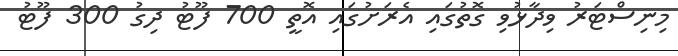
މިނިސްޓަރު ވިދާޅުވި ގޮތުގައި އެރަށުގައި އޮތީ 700 ފޫޓު ދިގު 300 ފޫޓު